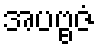
အပဗ္ဗဇံ